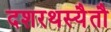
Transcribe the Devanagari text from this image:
दशरथस्यैतौ